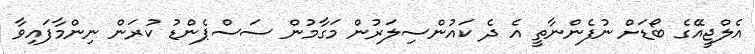
އެލްޖީއޭގެ ބޯޑަށްް ނުފެންނާތީ އެ ދެ ކައުންސިލަރުން މަގާމުން ސަސްޕެންޑު ކުރަން ނިންމާފައިވާ